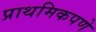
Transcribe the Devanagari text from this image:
प्राथमिकपणे